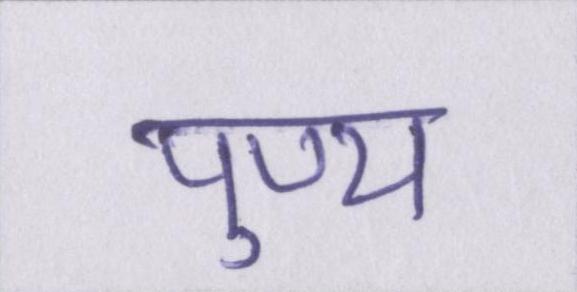
पुण्य